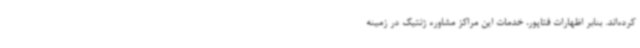
کرده‌اند. بنابر اظهارات فتاپور، خدمات این مراکز مشاوره ژنتیک در زمینه